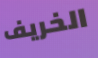
الخريف